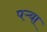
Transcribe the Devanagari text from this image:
पऱ्या